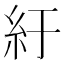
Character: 紆